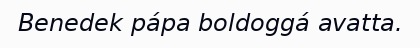
Benedek pápa boldoggá avatta.